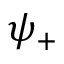
\psi _ { + }